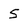
Character: S